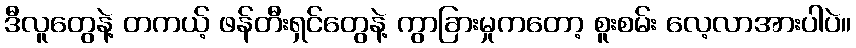
ဒီလူတွေနဲ့ တကယ့် ဖန်တီးရှင်တွေနဲ့ ကွာခြားမှုကတော့ စူးစမ်း လေ့လာအားပါပဲ။